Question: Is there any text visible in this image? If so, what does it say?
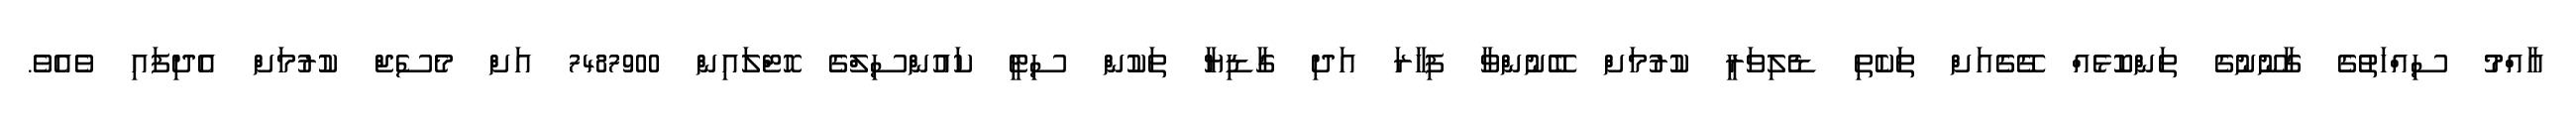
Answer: އާއްމު ސިއްހަތުގެ ގާނޫނުގެ ތަންކޮޅެއް ގޭގެއަށް ތަކެތި ޑެލިވަރީ ކުރުމަށް ބޭނުންވާ ފިހާރަ އަދި ގާޑިޔާ ތަކުން ސިޓީ ކައުންސިލްގެ ހޮޓްލައިން 7487900 އަށް މެސެޖް ކުރުމަށް އެދިފައި ވެއެވެ.